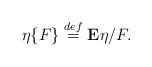
LaTeX: \begin{align*} \eta\{F\} \stackrel{def}{=} {\bf E}\eta/F.\end{align*}